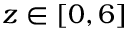
z \in [ 0 , 6 ]